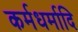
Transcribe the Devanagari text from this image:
कर्मधर्मादि